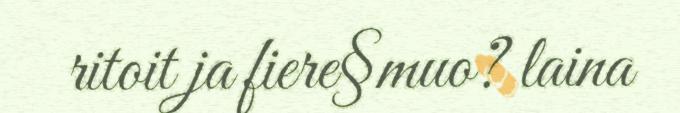
ritoit ja fiere§muo? laina